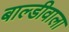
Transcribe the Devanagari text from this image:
बाल्डीवाला